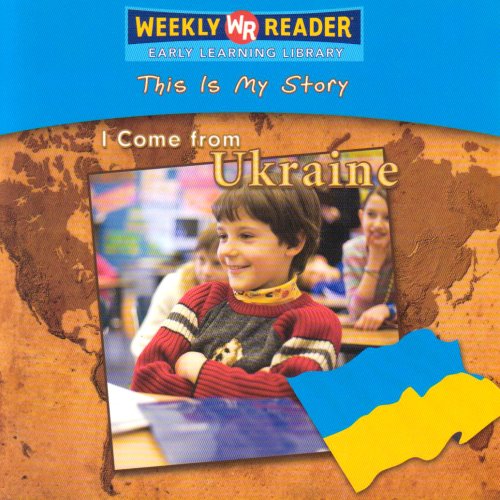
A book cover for I Come from Ukraine (This Is My Story); Valerie J. Weber; Children's Books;